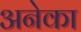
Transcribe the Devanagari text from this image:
अनेका